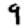
Digit: 9